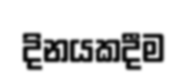
දිනයකදීම